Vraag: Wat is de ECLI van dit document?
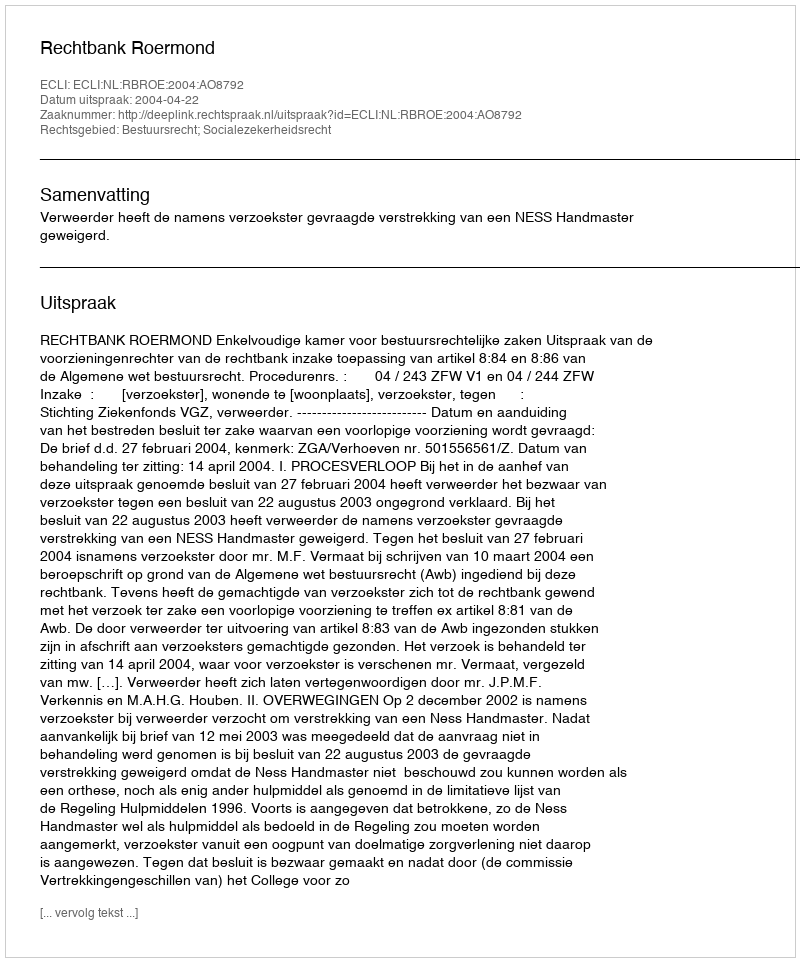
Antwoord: ECLI:NL:RBROE:2004:AO8792